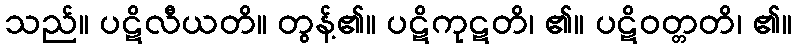
သည်။ ပဋိလီယတိ။ တွန့်၏။ ပဋိကုဋတိ၊ ၏။ ပဋိဝတ္တတိ၊ ၏။